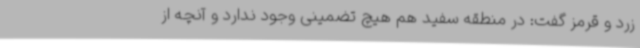
زرد و قرمز گفت: در منطقه سفید هم هیچ تضمینی وجود ندارد و آنچه از